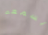
يسمعه